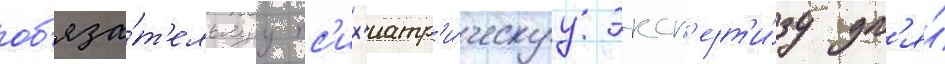
об'яза́т'ельнуу пс'их'иатр'и́ческуу эксп'ерт'и́зу дл'я́